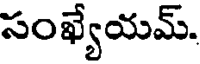
సంఖ్యేయమ్.